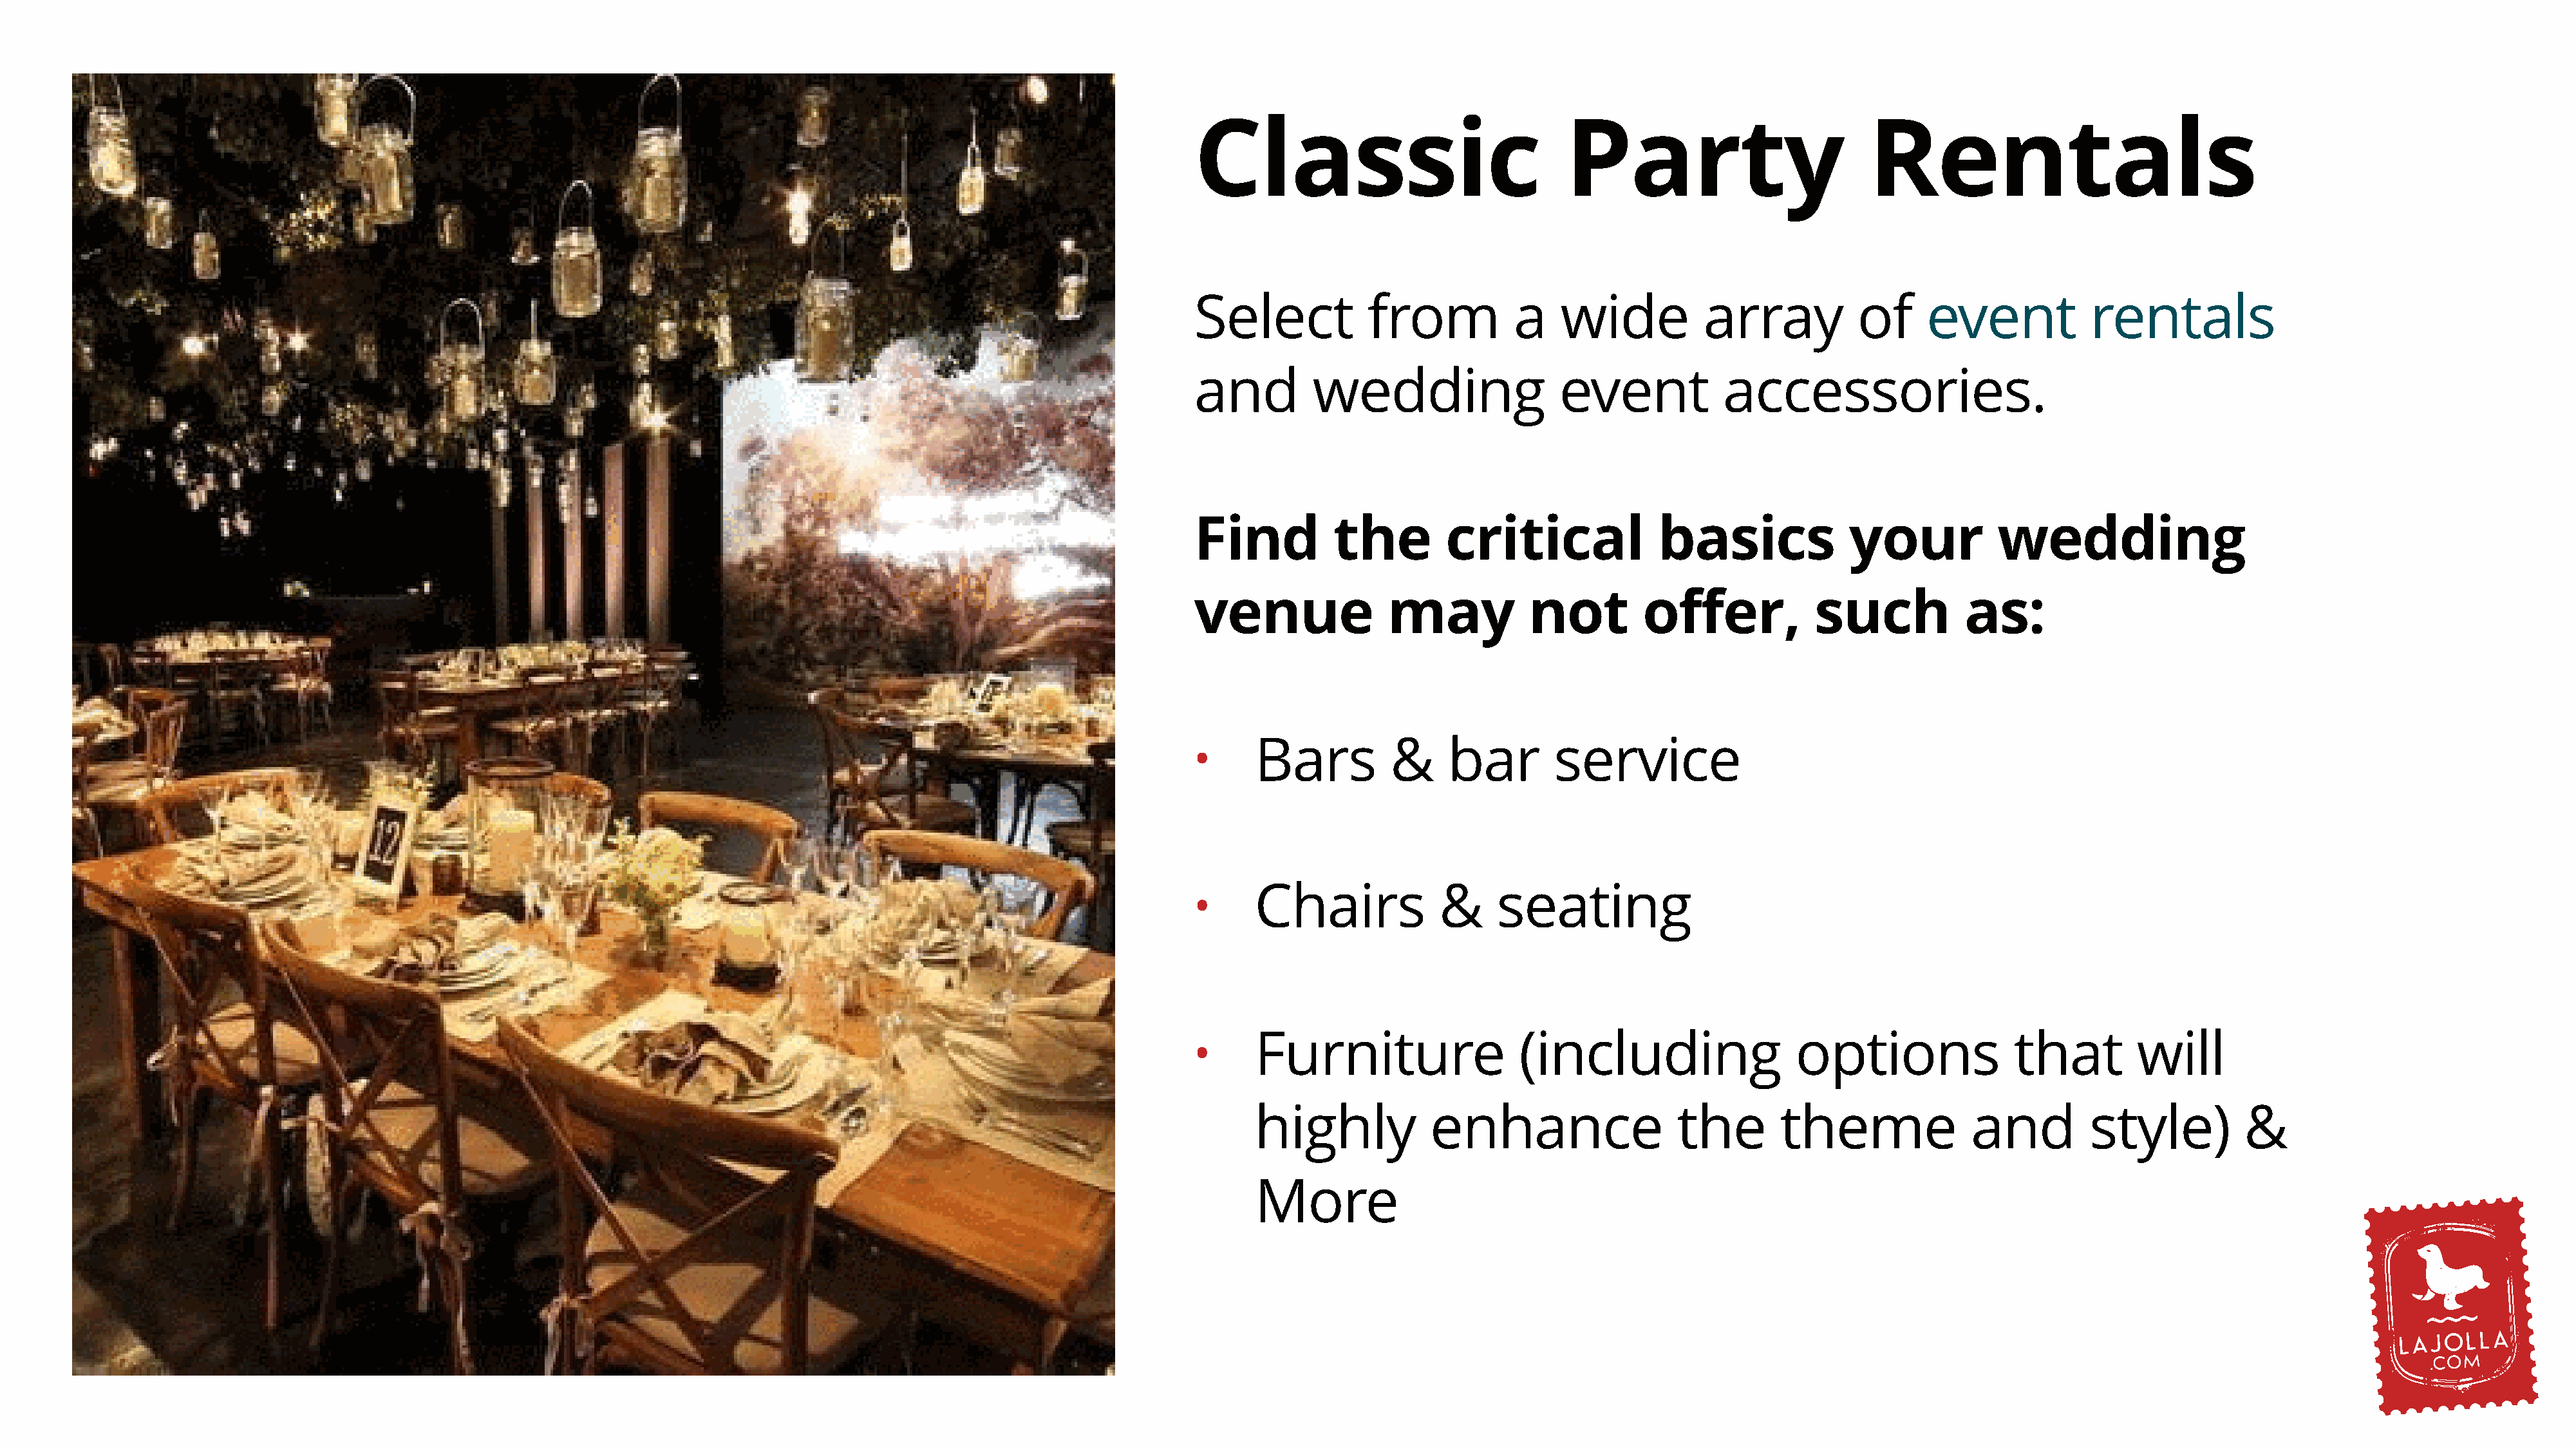
Classic                               Party                          Rentals
 Select            from           a   wide           array           of     event            rentals
 and         wedding                  event            accessories.
 Find          the         critical             basics              your           wedding
 venue               may           not         offer,            such           as:
 Bars          &     bar        service
 •
 Chairs             &     seating
 •
 Furniture                  (including                   options               that         will
 •
 highly            enhance                  the        theme               and         style)          &
 More